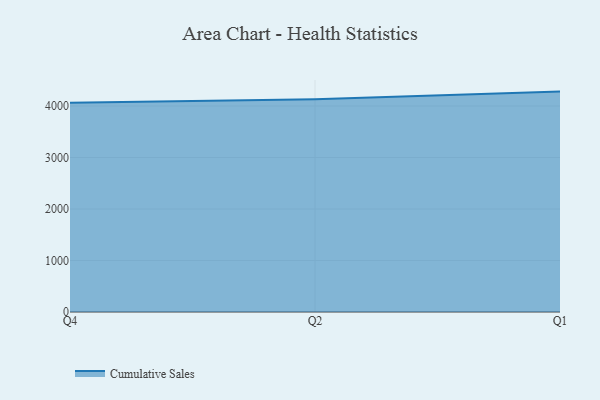
{"axis": {"x": "Quarter", "y": "Active Users"}, "legend": ["Cumulative Sales"], "data": [{"x": "Q4", "y": 4062.3, "type": "Cumulative Sales"}, {"x": "Q2", "y": 4133.5, "type": "Cumulative Sales"}, {"x": "Q1", "y": 4280.1, "type": "Cumulative Sales"}]}